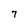
Character: 7